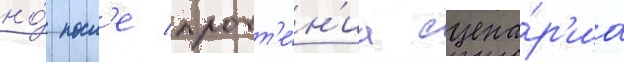
но́ посл'е прочт'е́н'иа сцена́р'иа